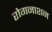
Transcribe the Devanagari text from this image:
रोगनाशन